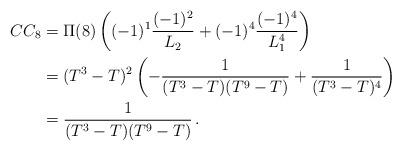
LaTeX: \begin{align*} CC_8&=\Pi(8)\left((-1)^1\frac{(-1)^2}{L_2}+(-1)^4\frac{(-1)^4}{L_1^4}\right)\\&=(T^3-T)^2\left(-\frac{1}{(T^3-T)(T^9-T)}+\frac{1}{(T^3-T)^4}\right)\\&=\frac{1}{(T^3-T)(T^9-T)}\,. \end{align*}